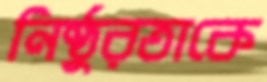
নিষ্ঠুরতাকে